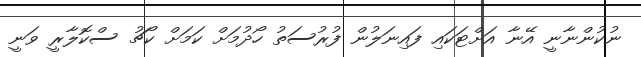
ނުކުންނާނީ އޭނާ އަށްޓަކައި ފައިނަލުން ފުރުސަތު ހޯދުމަށް ކަމަށް ކޯޗު ސްކޮލާރީ ވަނީ